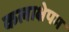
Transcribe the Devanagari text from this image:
कलाक्षेपम